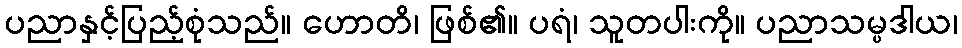
ပညာနှင့်ပြည့်စုံသည်။ ဟောတိ၊ ဖြစ်၏။ ပရံ၊ သူတပါးကို။ ပညာသမ္ပဒါယ၊